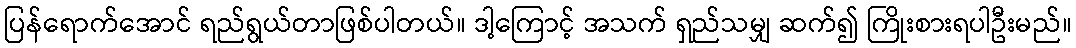
ပြန်ရောက်အောင် ရည်ရွယ်တာဖြစ်ပါတယ်။ ဒါ့ကြောင့် အသက် ရှည်သမျှ ဆက်၍ ကြိုးစားရပါဦးမည်။